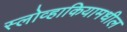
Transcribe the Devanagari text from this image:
स्लोव्हाकियामधील